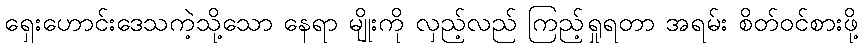
ရှေးဟောင်းဒေသကဲ့သို့သော နေရာ မျိုးကို လှည့်လည် ကြည့်ရှုရတာ အရမ်း စိတ်ဝင်စားဖို့